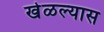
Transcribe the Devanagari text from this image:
खेळल्यास